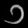
Digit: ၁